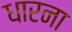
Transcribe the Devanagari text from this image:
धारना